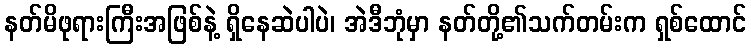
နတ်မိဖုရားကြီးအဖြစ်နဲ့ ရှိနေဆဲပါပဲ၊ အဲဒီဘုံမှာ နတ်တို့၏သက်တမ်းက ရှစ်ထောင်